Report of the Indian Hemp Drugs Commission, 1894-1895 - Volume VII
Year: 1894
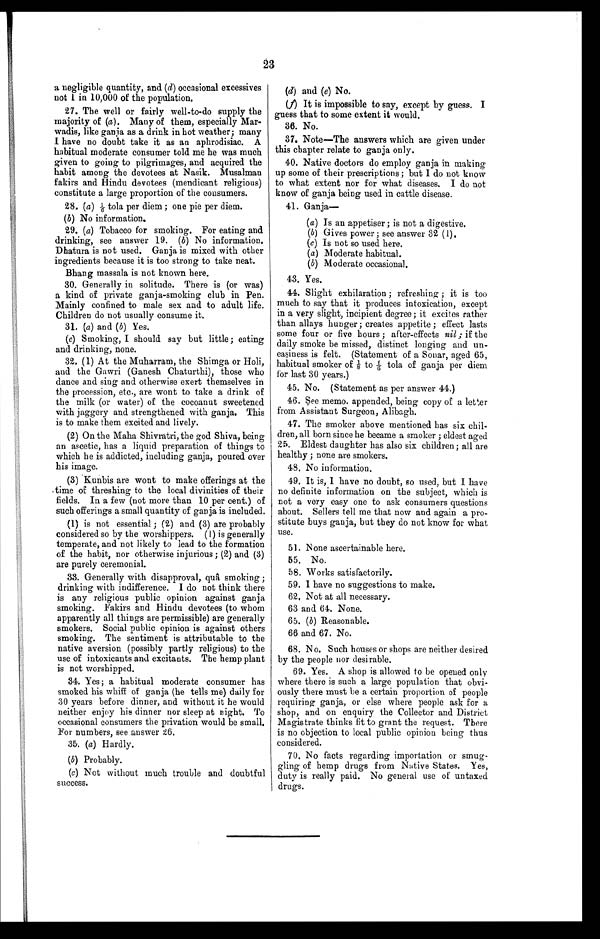
23
a negligible quantity, and ( d) occasional excessives
not 1 in 10,000 of the population.
27. The well or fairly well-to-do supply the
majority of (a ). Many of them, especially Mar
-
wadis, like ganja as a drink in hot weather; many
I have no doubt take it as an aphrodisiac. A
habitual moderate consumer told me he was much
given to going to pilgrimages, and acquired the
habit among the devotees at Nasík. Musalman
fakirs and Hindu devotees (mendicant religious)
constitute a large proportion of the consumers.
28. (a) 1 / 6
t o l a p e r d i e m ; o n e p i e p e r d i e m .
( b ) No information.
29. (a) Tobacco for smoking. For eating and
drinking, see answer 19. ( b ) No information.
Dhatura is not used. Ganja is mixed with other
ingredients because it is too strong to take neat.
Bhang massala is not known here.
30. Generally in solitude. There is (or was)
a kind of private ganja-smoking club in Pen.
Mainly confined to male sex and to adult life.
Children do not usually consume it.
31. (a) and ( b) Yes.
(c) Smoking, I should say but little; eating
and drinking, none.
32. (1) At the Muharram, the Shimga or Holi,
and the Gawri (Ganesh Chaturthi), those who
dance and sing and otherwise exert themselves in
the procession, etc., are wont to take a drink of
the milk (or water) of the cocoanut sweetened
with jaggery and strengthened with ganja. This
is to make them excited and lively.
(2) On the Maha Shivratri, the god Shiva, being
an ascetic, has a liquid preparation of things to
which he is addicted, including ganja, poured over
his image.
(3) Kunbis are wont to make offerings at the
.time of threshing to the local divinities of their
fields. In a few (not more than 10 per cent.) of
such offerings a small quantity of ganja is included.
(1) is not essential ; (2) and (3) are probably
considered so by the worshippers. (1) is generally
temperate, and not likely to lead to the formation
of the habit, nor otherwise injurious ; (2) and (3)
are purely ceremonial.
33. Generally with disapproval, quâ smoking ;
drinking with indifference. I do not think there
is any religious public opinion against ganja
smoking. Fakirs and Hindu devotees (to whom
apparently all things are permissible) are generally
smokers. Social public opinion is against others
smoking. The sentiment is attributable to the
native aversion (possibly partly religious) to the
use of intoxicants and excitants. The hemp plant
is not worshipped.
34. Yes; a habitual moderate consumer has
smoked his whiff of ganja (he tells me) daily for
30 years before dinner, and without it he would
neither enjoy his dinner nor sleep at night. To
occasional consumers the privation would be small.
For numbers, see answer 26.
35. (a) Hardly.
(b) Probably.
(c) Not without much trouble and doubtful
success.
(b)
(d) and ( e) No.
(f) It is impossible to say, except by guess. I
guess that to some extent it would.
36. No.
37. Note—The answers which are given under
this chapter relate to ganja only.
40. Native doctors do employ ganja in making
up some of their prescriptions; but I do not know
to what extent nor for what diseases. I do not
know of ganja being used in cattle disease.
41. Ganja
—
( a) Is an appetiser ; is not a digestive.
( b ) Gives power ; see answer 32 (1).
(c) Is not so used here.
(a ) Moderate habitual.
(b) Moderate occasional.
43. Yes.
44. Slight exhilaration ; refreshing ; it is too
much to say that it produces intoxication, except
in a very slight, incipient degree; it excites rather
than allays hunger; creates appetite ; effect lasts
some four or five hours ; after-effects nil ; if the
daily smoke be missed, distinct longing and un
-
easiness is felt. (Statement of a Sonar, aged 65,
habitual smoker of ⅛ t o 1 / 6 t o l a o f g a n j a p e r d i e m
for last 30 years.)
45. No. (Statement as per answer 44.)
46. See memo. appended, being copy of a letter
from Assistant Surgeon, Alibagh.
47. The smoker above mentioned has six chil
-
dren, all born since he became a smoker ; eldest aged
25. Eldest daughter has also six children; all are
healthy ; none are smokers.
48. No information.
49. It is, I have no doubt, so used, but I have
no definite information on the subject, which is
not a very easy one to ask consumers questions
about. Sellers tell me that now and again a pro
-
stitute buys ganja, but they do not know for what
use.
51. None ascertainable here.
55. No.
58. Works satisfactorily.
59. I have no suggestions to make.
62. Not at all necessary.
63 and 64. None.
65. ( b ) Reasonable.
66 and 67. No.
68. No. Such houses or shops are neither desired
by the people nor desirable.
69. Yes. A shop is allowed to be opened only
where there is such a large population that obvi
-
ously there must be a certain proportion of people
requiring ganja, or else where people ask for a
shop, and on enquiry the Collector and District
Magistrate thinks fit to grant the request. There
is no objection to local public opinion being thus
considered.
70. No facts regarding importation or smug
-
gling of hemp drugs from Native States. Yes,
duty is really paid. No general use of untaxed
drugs.